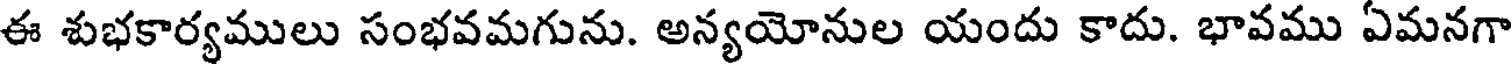
ఈ శుభకార్యములు సంభవమగును. అన్యయోనుల యందు కాదు. భావము ఏమనగా